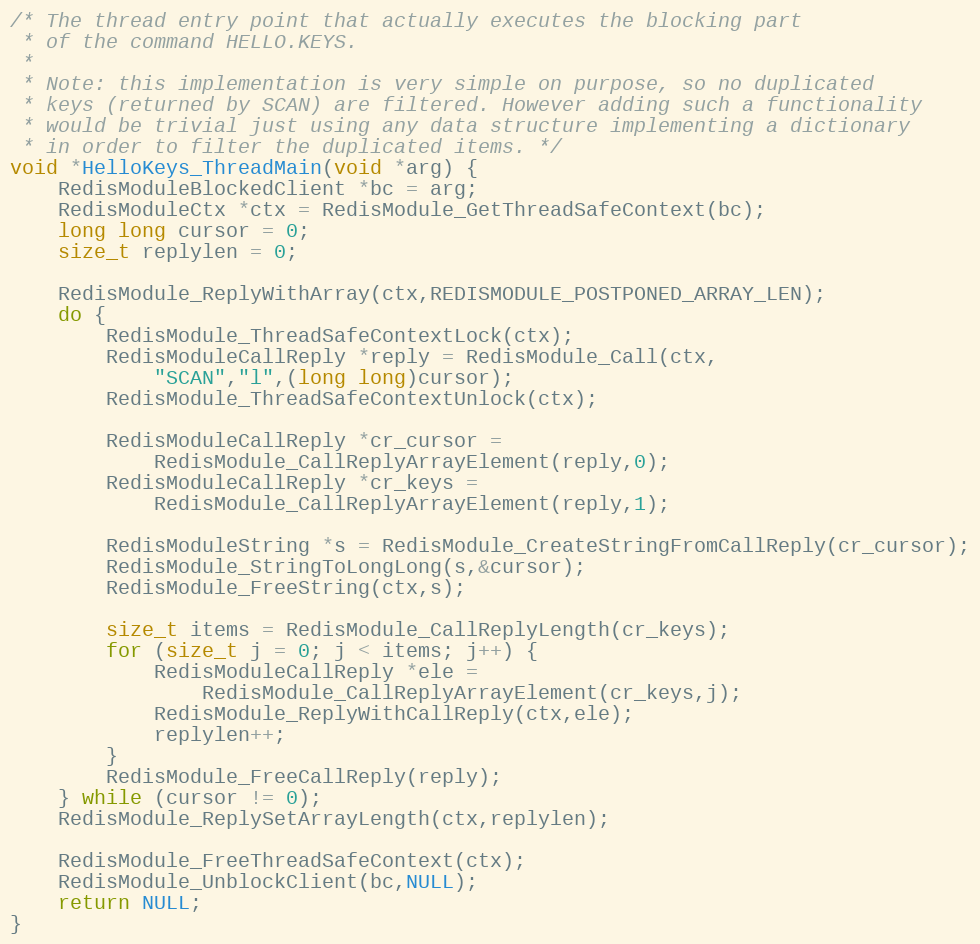
Language: C
/* The thread entry point that actually executes the blocking part
 * of the command HELLO.KEYS.
 *
 * Note: this implementation is very simple on purpose, so no duplicated
 * keys (returned by SCAN) are filtered. However adding such a functionality
 * would be trivial just using any data structure implementing a dictionary
 * in order to filter the duplicated items. */
void *HelloKeys_ThreadMain(void *arg) {
    RedisModuleBlockedClient *bc = arg;
    RedisModuleCtx *ctx = RedisModule_GetThreadSafeContext(bc);
    long long cursor = 0;
    size_t replylen = 0;

    RedisModule_ReplyWithArray(ctx,REDISMODULE_POSTPONED_ARRAY_LEN);
    do {
        RedisModule_ThreadSafeContextLock(ctx);
        RedisModuleCallReply *reply = RedisModule_Call(ctx,
            "SCAN","l",(long long)cursor);
        RedisModule_ThreadSafeContextUnlock(ctx);

        RedisModuleCallReply *cr_cursor =
            RedisModule_CallReplyArrayElement(reply,0);
        RedisModuleCallReply *cr_keys =
            RedisModule_CallReplyArrayElement(reply,1);

        RedisModuleString *s = RedisModule_CreateStringFromCallReply(cr_cursor);
        RedisModule_StringToLongLong(s,&cursor);
        RedisModule_FreeString(ctx,s);

        size_t items = RedisModule_CallReplyLength(cr_keys);
        for (size_t j = 0; j < items; j++) {
            RedisModuleCallReply *ele =
                RedisModule_CallReplyArrayElement(cr_keys,j);
            RedisModule_ReplyWithCallReply(ctx,ele);
            replylen++;
        }
        RedisModule_FreeCallReply(reply);
    } while (cursor != 0);
    RedisModule_ReplySetArrayLength(ctx,replylen);

    RedisModule_FreeThreadSafeContext(ctx);
    RedisModule_UnblockClient(bc,NULL);
    return NULL;
}